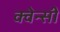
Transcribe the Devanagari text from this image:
क्वेन्सी